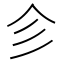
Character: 㐱